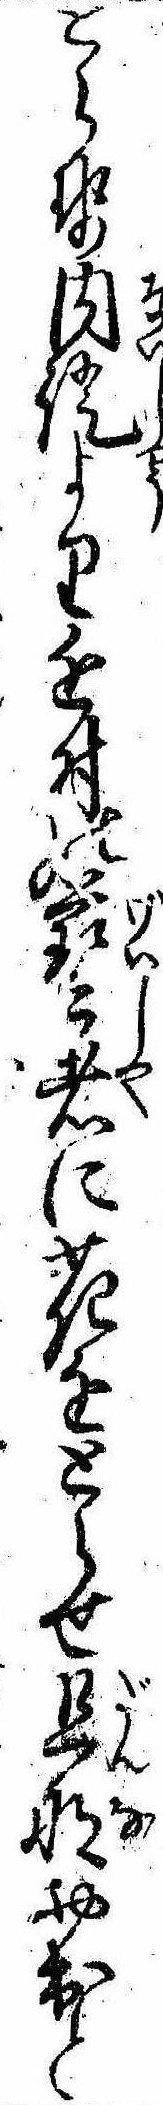
とらせ内証より近付の芸者に花をとらせ旦那お出と